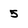
Character: 5